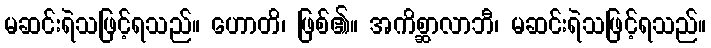
မဆင်းရဲသဖြင့်ရသည်။ ဟောတိ၊ ဖြစ်၏။ အကိစ္ဆာလာဘီ၊ မဆင်းရဲသဖြင့်ရသည်။